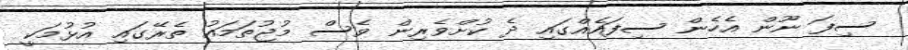
ސިފަ ނޫން އެހެން ސިފައެއްގައި ދެ ކުށްވެރިން ވެސް މުޖުތަމައު ތެރޭގައި އުޅުމަކީ